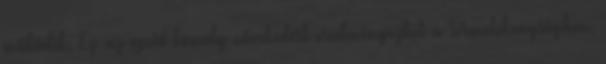
működik. Ez az opció komoly növekedést eredményezhet a termelékenységben,